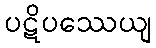
ပဋိပဿေယျ